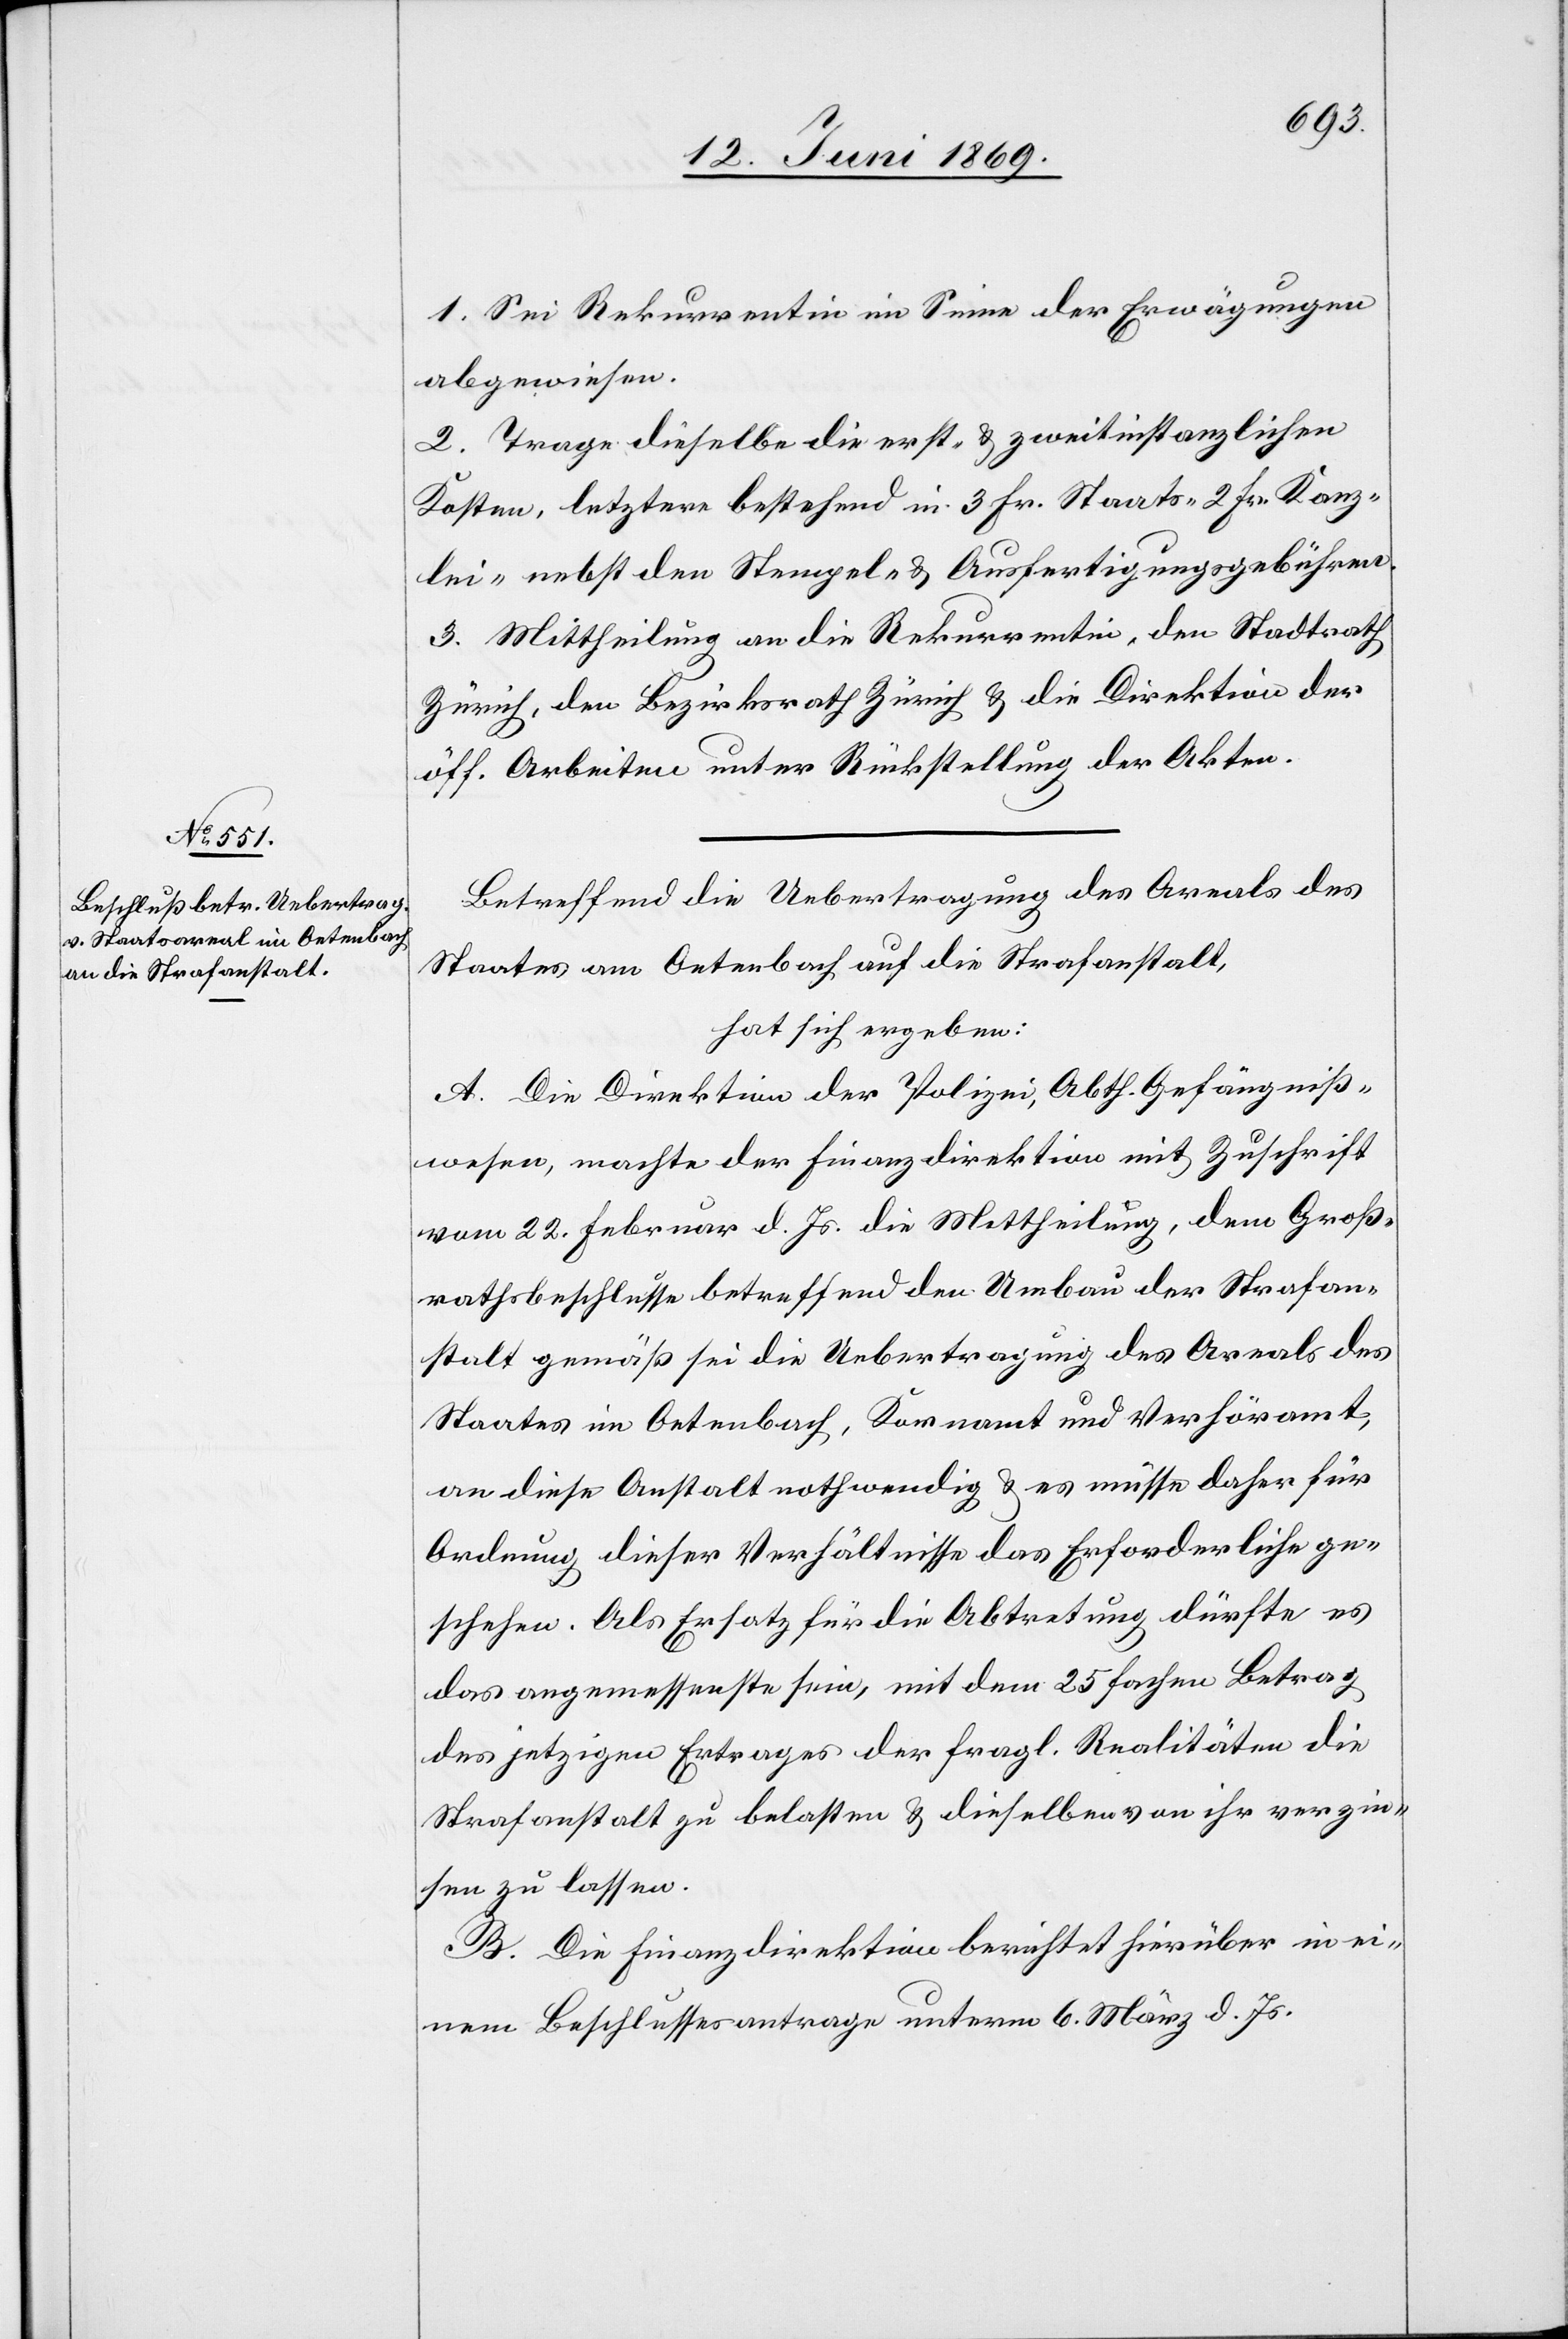
1. Sei Rekurrentin im Sinne der Erwägungen
abgewiesen.
2. Trage dieselbe die erst- u. zweitinstanzlichen
Kosten, letztere bestehend in 3 Fr. Staats- u. 2 Fr. Kanz¬
lei- nebst den Stempel- u. Ausfertigungsgebühren.
3. Mittheilung an die Rekurrentin, den Stadtrath
Zürich, den Bezirksrath Zürich u. die Direktion der
öff. Arbeiten unter Rückstellung der Akten.